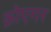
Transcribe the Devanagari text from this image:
क्रोएगर